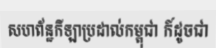
សហព័ន្ឋកីឡាប្រដាល់កម្ពុជា ក៍ដូចជា